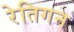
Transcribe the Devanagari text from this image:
रेतिगन